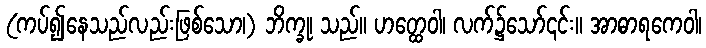
(ကပ်၍နေသည်လည်းဖြစ်သော၊) ဘိက္ခု၊ သည်။ ဟတ္ထေဝါ၊ လက်၌သော်၎င်း။ အာဓာရကေဝါ၊